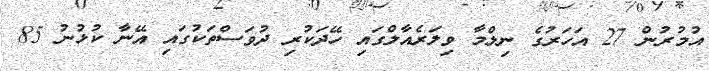
އުމުރުން 27 އަހަރުގެ ނިލްމާ ވިލަރެއާލްގައި ހޭދަކުރި ދުވަސްތަކުގައި އޭނާ ކުޅުނު 85